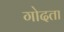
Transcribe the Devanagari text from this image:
गोदता